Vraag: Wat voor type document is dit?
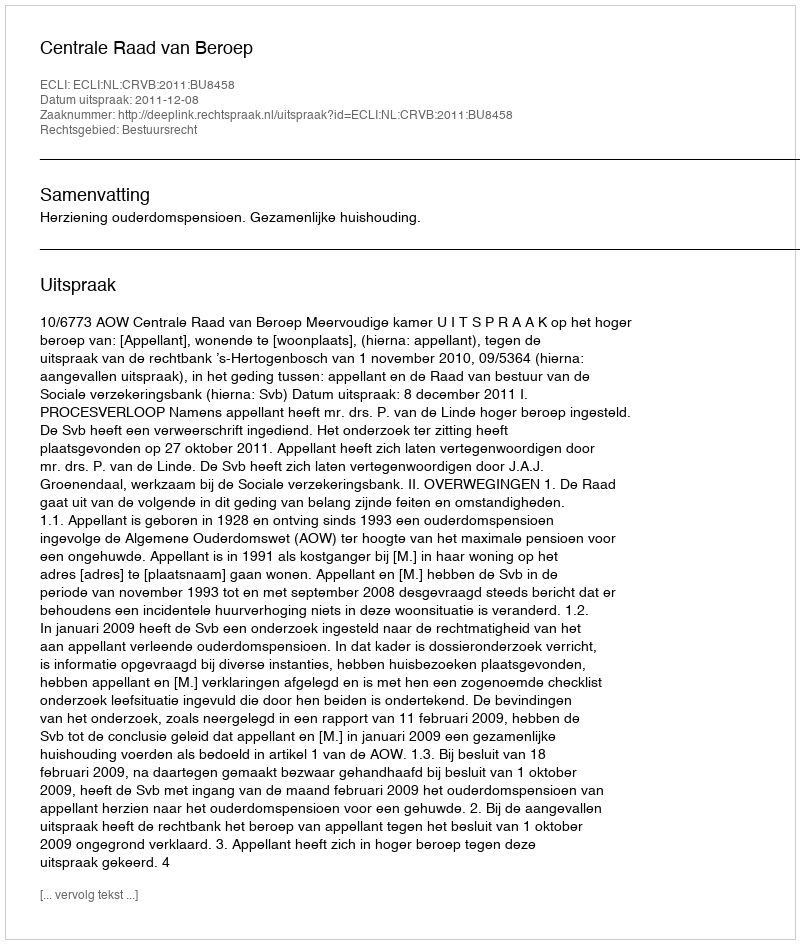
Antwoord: Uitspraak